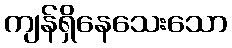
ကျန်ရှိနေသေးသော